Vaccination in Bombay 1889-1901 - 1889-1901
Year: 1889
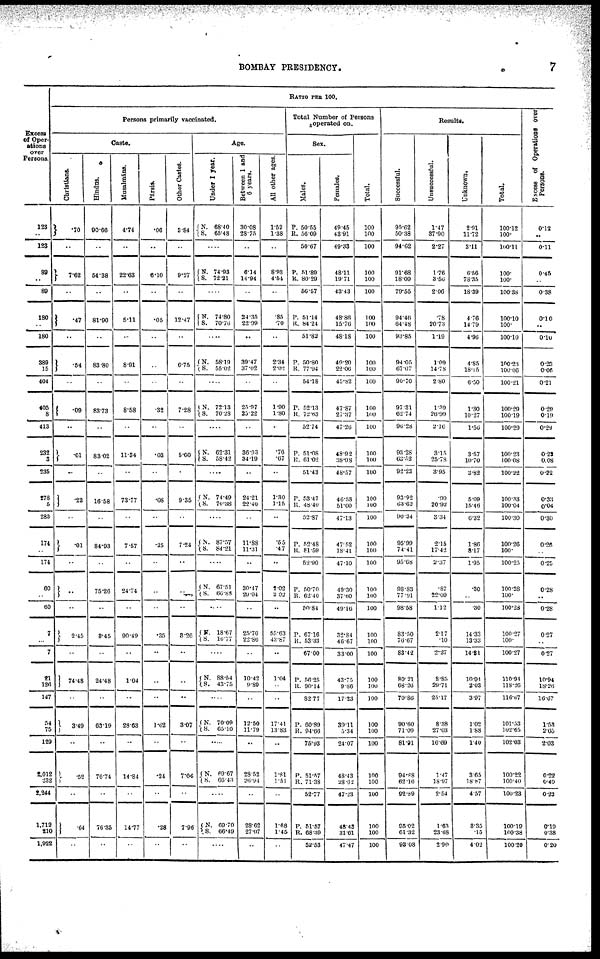
BOMBAY PRESIDENCY.
7
Excess
of Oper-
ations
over
Persons.
123
..
123
89
..
89
180
..
180
389
15
404
405
8
413
232
3
235
278
5
283
174
..
174
60
..
60
7
..
7
21
126
147
54
75
129
2,012
232
2,244
1,712
210
1,922
RATIO PER 100.
Persons primarily vaccinated.
Caste.
Christians.
.70
..
7.62
..
.47
..
.54
..
.09
..
. 01
..
.22
..
.01
..
..
..
2.45
..
74.48
..
3.49
..
.52
..
.64
..
Hindus.
90.66
..
54.38
..
81.90
..
83.80
..
83.73
..
83.02
..
16.58
..
84.93
..
75.26
..
3.45
..
24.48
..
63.19
..
76.74
..
76.35
..
Musalmáns.
4.74
..
22.63
..
5.11
..
8.91
..
8.58
..
11.34
..
73.77
..
7.57
..
24.74
..
90.49
..
1.04
..
28.63
..
14.84
..
14.77
..
Pársis.
.06
..
6.10
..
.05
..
..
..
.32
..
.03
..
.08
..
.25
..
..
...
.35
..
..
..
1.62
..
.24
..
.28
..
Other Castes.
3.84
..
9.27
..
12.47
..
6.75
..
7.28
..
5.60
..
9.35
..
7.24
..
..
..
3.26
..
..
..
3.07
..
7.66
..
7.96
..
Age.
Under 1 year.
N.
S.
68.40
65.48
....
N.
S.
74.93
72.21
....
N.
S.
74.80
70.76
....
N.
S.
58.19
55.02
....
N.
S.
72.13
70.28
....
N.
S.
62.31
58.42
....
N.
S.
74.49
70.38
....
N.
S.
87.57
84.21
....
N.
S.
67.51
66.88
....
N.
S.
18.67
10.77
....
N.
S.
88.54
43.75
....
N.
S.
70.09
65.10
....
N.
S.
69.67
66.43
....
N.
S.
69.70
66.49
....
Between 1 and
6 years.
30.08
28.75
..
6.14
14.94
..
24.35
22.99
..
39.47
37.02
..
25.97
25.22
..
36.93
34.19
24.21
22.40
..
11.88
11.31
..
30.47
29.94
..
25.70
22.86
..
10.42
9.89
..
12.50
11.79
..
28.52
26. 94
..
28.62
27.07
..
All other ages.
1.52
1.38
..
8.93
4.54
..
.85
.70
..
2.34
2.02
..
1.90
1.80
..
.76
.67
..
1.30
1.15
..
.55
.47
..
2.02
2.02
..
55.63
43.87
..
1.04
..
..
17.41
13.83
..
1.81
1.51
..
1.68
1.45
..
Total Number of Persons
operated on.
Sex.
Males.
P.
R.
50.55
56.09
50.67
P.
R.
51.89
80.29
56.57
P.
R.
51.14
84.24
51.82
P.
R
50.80
77.94
54.18
P.
R.
52.13
72.63
52.74
P.
R.
51.08
61.02
51.43
P.
R.
53.47
48.40
52.87
P.
R.
52.48
81.59
52.90
P.
R.
50.70
62.40
50.84
P.
R.
67.10
53.33
67.00
P.
R.
56.25
90.14
82.77
P.
R.
60.89
94.66
75.93
P.
R.
51.57
7138
52.77
P.
R.
51.57
68.39
52.53
Females.
49.45
43.91
49.33
48.11
19.71
43.43
48.86
15.76
48.18
49.20
22.06
45.82
47.87
27.37
47.26
48.92
38.98
48.57
46.53
51.60
47.13
47.52
18.41
47.10
49.30
37.60
49.16
32.84
46.67
33.00
43.75
9.86
17.23
39.11
5.34
24.07
48.43
28.62
47.23
48.43
31.61
47.47
Total.
100
100
100
100
100
100
100
100
100
100
100
100
100
100
100
100
100
100
100
100
100
100
100
100
100
100
100
100
100
100
100
100
100
100
100
100
100
100
100
100
100
100
Results.
Successful.
95.62
50.38
94.62
91.68
18.09
79.55
94.46
64.48
93.85
94.05
67.07
90.70
97.31
62.74
96.28
93.28
63.52
92.23
93.92
63.62
90.34
95.99
74.41
95.68
98.83
77.91
98.58
83.50
76.67
83.42
80.21
68.26
70.86
90.60
71.09
81.91
94.88
62.16
92.89
95.02
61.32
93.08
Unsuccessful.
1.47
37.90
2.27
1.76
3.56
2.06
.78
20.73
1.19
1.09
14.78
2.80
1.39
26.99
2.16
3.15
25.78
3.95
.99
20.92
3.34
2.15
17.42
2.37
.87
22.09
1.12
2.17
.10
2.27
8.85
29.71
25.17
8.38
27.03
16.69
1.47
18.97
2.54
1.63
23.68
2.90
Unknown.
2.91
11.72
3.11
6.56
78.35
18.39
4.76
14.79
4.96
4.85
18.15
6.50
1.30
10.27
1.56
3.57
10.70
3.82
5.09
15.46
6.32
1.86
8.17
1.95
.30
..
.30
14.33
13.33
14.31
10.94
2.03
3.97
1.02
1.88
1.40
3.65
18.87
4.57
3.35
.15
4.02
Total.
100.12
100.
100.11
100.
100.
100.38
100.10
100.
100.10
100.23
100.06
100.21
100.29
100.19
100.29
100.23
100.08
100.22
100.33
100.04
100.30
100.26
100.
100.25
100.28
100.
100.28
100.27
100.
100.27
110.94
118.26
116.67
101.53
102.65
102.03
100.22
100.40
100.23
100.19
100.38
100.20
Excess of Operations over
Persons.
0.12
..
0.11
0.45
..
0.38
0.10
..
0.10
0.23
0.06
0.21
0.29
0.19
0.29
0.23
0.08
0.22
0.33
0.04
0.30
0.26
..
0.25
0.28
..
0.28
0.27
..
0.27
10.94
18.26
16.67
1.53
2.65
2.03
0.22
0.40
0.23
0.10
0.38
020